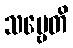
သဗ္ဗေတိ